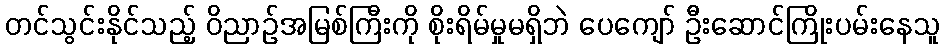
တင်သွင်းနိုင်သည့် ဝိညာဉ်အမြစ်ကြီးကို စိုးရိမ်မှုမရှိဘဲ ပေကျော် ဦးဆောင်ကြိုးပမ်းနေသူ